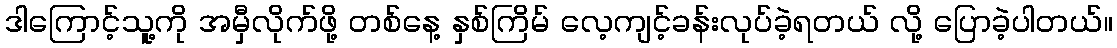
ဒါကြောင့်သူ့ကို အမှီလိုက်ဖို့ တစ်နေ့ နှစ်ကြိမ် လေ့ကျင့်ခန်းလုပ်ခဲ့ရတယ် လို့ ပြောခဲ့ပါတယ်။